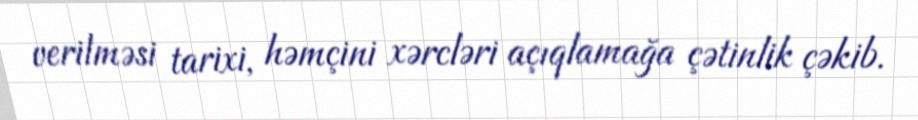
verilməsi tarixi, həmçini xərcləri açıqlamağa çətinlik çəkib.